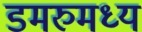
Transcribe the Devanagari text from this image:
डमरुमध्य